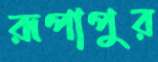
রূপাপুর